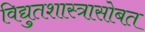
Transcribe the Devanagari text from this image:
विद्युतशास्त्रासोबत